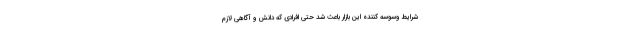
شرایط وسوسه کننده این بازار باعث شد حتی افرادی که دانش و آگاهی لازم